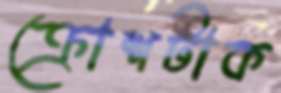
ক্রোশটাক